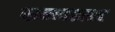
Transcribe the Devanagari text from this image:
कन्नडसह